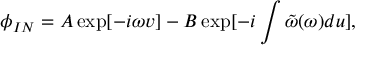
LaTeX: \phi _ { I N } = A \exp [ - i \omega v ] - B \exp [ - i \int \tilde { \omega } ( \omega ) d u ] ,